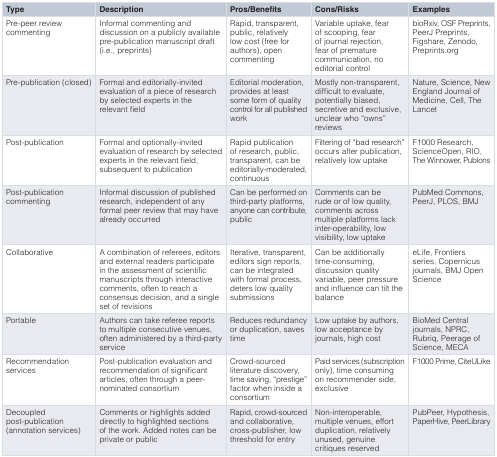
<table><thead><tr><td><b>Type</b></td><td><b>Description</b></td><td><b>Pros/Benefits</b></td><td><b>Cons/Risks</b></td><td><b>Examples</b></td></tr></thead><tbody><tr><td>Pre-peer reviewcommenting</td><td>Informal commenting anddiscussion on a publicly availablepre-publication manuscript draft(i.e., preprints)</td><td>Rapid, transparent,public, relativelylow cost (free forauthors), opencommenting</td><td>Variable uptake, fearof scooping, fearof journal rejection,fear of prematurecommunication, noeditorial control</td><td>bioRxiv, OSF Preprints,PeerJ Preprints,Figshare, Zenodo,Preprints.org</td></tr><tr><td>Pre-publication (closed)</td><td>Formal and editorially-invitedevaluation of a piece of researchby selected experts in therelevant field</td><td>Editorial moderation,provides at leastsome form of qualitycontrol for all publishedwork</td><td>Mostly non-transparent,difficult to evaluate,potentially biased,secretive and exclusive,unclear who “owns”reviews</td><td>Nature, Science, NewEngland Journal ofMedicine, Cell, TheLancet</td></tr><tr><td>Post-publication</td><td>Formal and optionally-invitedevaluation of research by selectedexperts in the relevant field,subsequent to publication</td><td>Rapid publicationof research, public,transparent, can beeditorially-moderated,continuous</td><td>Filtering of “bad research”occurs after publication,relatively low uptake</td><td>F1000 Research,ScienceOpen, RIO,The Winnower, Publons</td></tr><tr><td>Post-publicationcommenting</td><td>Informal discussion of publishedresearch, independent of anyformal peer review that may havealready occurred</td><td>Can be performed onthird-party platforms,anyone can contribute,public</td><td>Comments can berude or of low quality,comments acrossmultiple platforms lackinter-operability, lowvisibility, low uptake</td><td>PubMed Commons,PeerJ, PLOS, BMJ</td></tr><tr><td>Collaborative</td><td>A combination of referees, editorsand external readers participatein the assessment of scientificmanuscripts through interactivecomments, often to reach aconsensus decision, and a singleset of revisions</td><td>Iterative, transparent,editors sign reports,can be integratedwith formal process,deters low qualitysubmissions</td><td>Can be additionallytime-consuming,discussion qualityvariable, peer pressureand influence can tilt thebalance</td><td>eLife, Frontiersseries, Copernicusjournals, BMJ OpenScience</td></tr><tr><td>Portable</td><td>Authors can take referee reportsto multiple consecutive venues,often administered by a third-partyservice</td><td>Reduces redundancyor duplication, savestime</td><td>Low uptake by authors,low acceptance byjournals, high cost</td><td>BioMed Centraljournals, NPRC,Rubriq, Peerage ofScience, MECA</td></tr><tr><td>Recommendationservices</td><td>Post-publication evaluation andrecommendation of significantarticles, often through a peer-nominated consortium</td><td>Crowd-sourcedliterature discovery,time saving, “prestige”factor when inside aconsortium</td><td>Paid services (subscriptiononly), time consumingon recommender side,exclusive</td><td>F1000 Prime, CiteULike</td></tr><tr><td>Decoupledpost-publication(annotation services)</td><td>Comments or highlights addeddirectly to highlighted sectionsof the work. Added notes can beprivate or public</td><td>Rapid, crowd-sourcedand collaborative,cross-publisher, lowthreshold for entry</td><td>Non-interoperable,multiple venues, effortduplication, relativelyunused, genuinecritiques reserved</td><td>PubPeer, Hypothesis,PaperHive, PeerLibrary</td></tr></tbody></table>